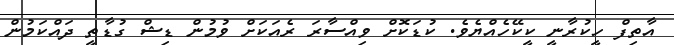
އާތިފް ހީކުރާނީ ކީކޭހެއްޔެވެ. ކުޑަކޮށް ވިއްސާރަ ރެއަކަށް ވުމުން ޑިޝް ގުޑާތީ ދައްކަމުން